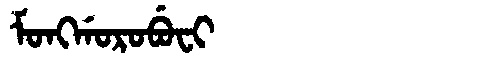
Manchu: ᠮᠣᠩᡤᠣᡵᠣᠪᡠᠸᡳ
Romanization: MONGGOROBUFI